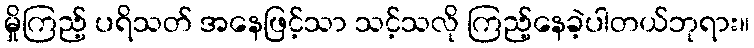
မှိုကြည့် ပရိသတ် အနေဖြင့်သာ သင့်သလို ကြည့်နေခဲ့ပါတယ်ဘုရား။